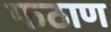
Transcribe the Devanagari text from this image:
फठाण